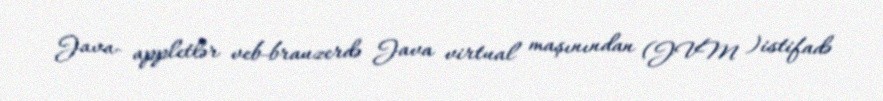
Java- appletlər veb-brauzerdə Java virtual maşınından (JVM )istifadə